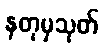
နတုမှသုတ်